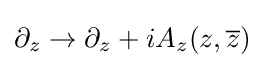
\partial _{z}\rightarrow \partial _{z}+iA_{z}(z,{\overline {z}})